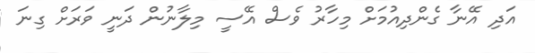
އަދި އޭނާ ގެންދިއުމަށް މިހާރު ވެސް އޭސީ މިލާނުން ދަނީ ވަރަށް ގިނަ